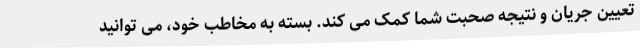
تعیین جریان و نتیجه صحبت شما کمک می کند. بسته به مخاطب خود، می توانید